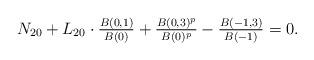
LaTeX: \begin{align*}N_{20}+L_{20}\cdot \tfrac{B(0,1)}{B(0)} + \tfrac{B(0,3)^p}{B(0)^p}-\tfrac{B(-1,3)}{B(-1)}= 0.\end{align*}